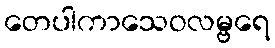
တေပါကာသေဝလမ္ဗရေ